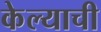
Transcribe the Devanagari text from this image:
केेल्याची